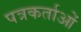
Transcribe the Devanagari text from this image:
पत्रकर्ताओं